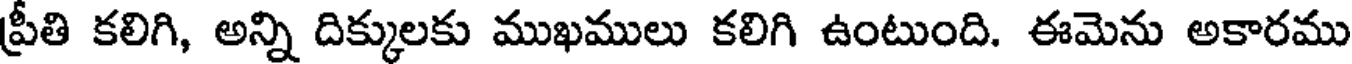
ప్రీతి కలిగి, అన్ని దిక్కులకు ముఖములు కలిగి ఉంటుంది. ఈమెను అకారము